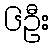
၆ဦး